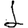
Digit: 1